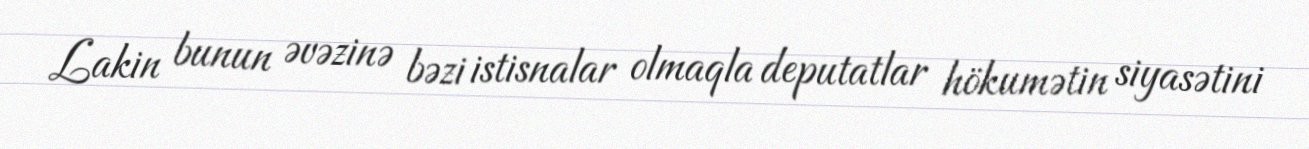
Lakin bunun əvəzinə bəzi istisnalar olmaqla deputatlar hökumətin siyasətini